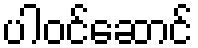
ပါဝင်ဆောင်